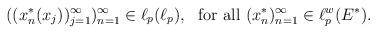
LaTeX: \begin{align*}((x_{n}^{\ast }(x_{j}))_{j=1}^{\infty })_{n=1}^{\infty }\in \ell _{p}(\ell_{p}),\ \mathrm{\ for\ all\ }(x_{n}^{\ast })_{n=1}^{\infty }\in \ell_{p}^{w}(E^{\ast }). \end{align*}